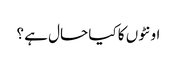
اونٹوں کا کیا حال ہے ؟